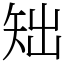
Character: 䂐